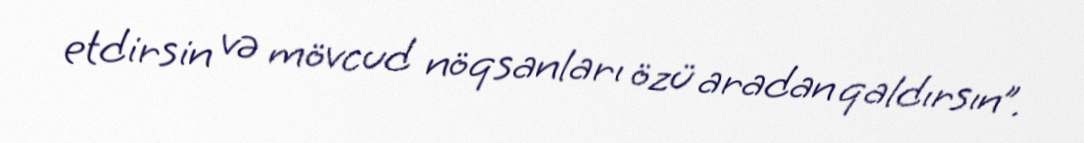
etdirsin və mövcud nöqsanları özü aradan qaldırsın”.